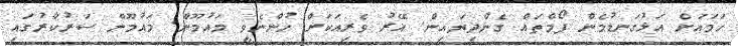
ހަމައަށް އަޅުގަނޑުމެން ފޯމްތައް ގެންދިޔައިން. އޭރު ވެރިއަކަށް ހުންނެވީ މައުމޫން. މައުމޫން ސަރުކާރުގައި